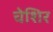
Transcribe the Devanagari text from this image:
चेशिर